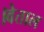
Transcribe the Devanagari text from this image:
।वेताल